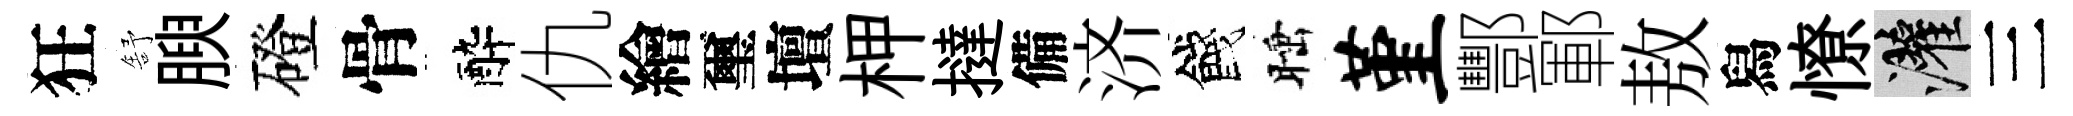
狂舒腴磴骨醉仇繪璽壇柙撻備济餞睡堇酆鄆敖舄憭灌三